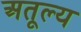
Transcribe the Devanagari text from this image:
अतूल्य